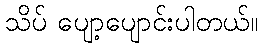
သိပ် ပျော့ပျောင်းပါတယ်။